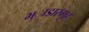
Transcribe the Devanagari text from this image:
भ्ाडारगृह